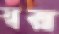
স্বর